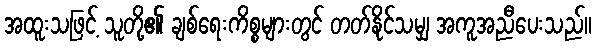
အထူးသဖြင့် သူတို့၏ ချစ်ရေးကိစ္စများတွင် တတ်နိုင်သမျှ အကူအညီပေးသည်။